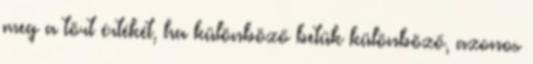
meg a tört értékét, ha különböző betűk különböző, azonos